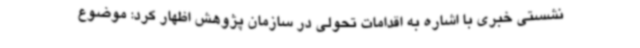
نشستی خبری با اشاره به اقدامات تحولی در سازمان پژوهش اظهار کرد: موضوع